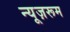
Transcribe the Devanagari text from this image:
न्यूज़रूम